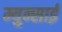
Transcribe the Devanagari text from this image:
म्युन्साई